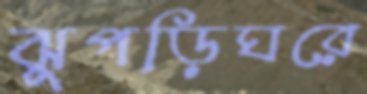
ঝুপড়িঘরে